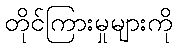
တိုင်ကြားမှုများကို